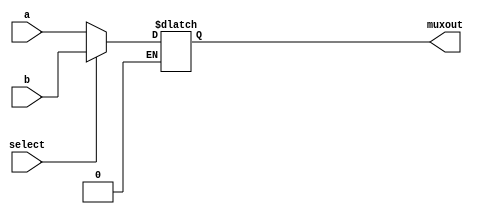
`timescale 1ns / 1ps
//////////////////////////////////////////////////////////////////////////////////
// Company: 
// Engineer: 
// 
// Design Name: 
// Module Name:    Mux_32bit_2inputs 
// Project Name: 
// Target Devices: 
// Tool versions: 
// Description: 
//
// Dependencies: 
//
// Revision: 
// Revision 0.01 - File Created
// Additional Comments: 
//
//////////////////////////////////////////////////////////////////////////////////
module Mux_32bit_2inputs(
 input [31:0] a,
    input [31:0] b,
    input select,
    output reg [31:0] muxout
    );
always@(*)
begin
if(select==1'b0) muxout = a; else
if(select==1'b1)muxout=b;
end

endmodule